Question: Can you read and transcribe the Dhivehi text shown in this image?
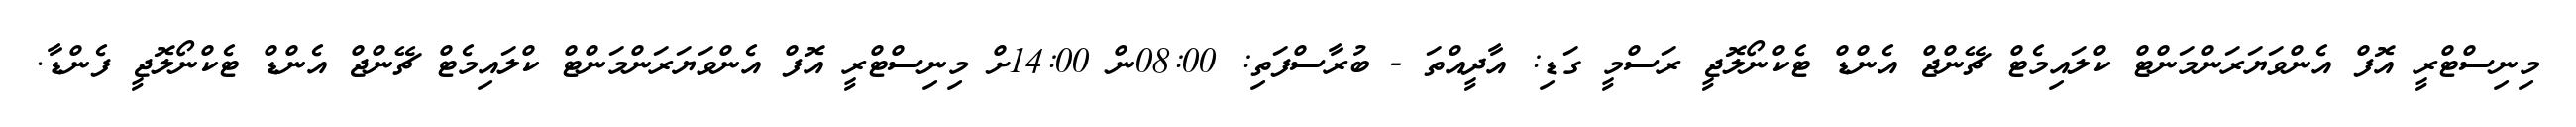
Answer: މިނިސްޓްރީ އޮފް އެންވަޔަރަންމަންޓް ކްލައިމެޓް ޗޭންޖް އެންޑް ޓެކްނޯލޮޖީ ރަސްމީ ގަޑި: އާދީއްތަ - ބުރާސްފަތި: 08:00ން 14:00ށް މިނިސްޓްރީ އޮފް އެންވަޔަރަންމަންޓް ކްލައިމެޓް ޗޭންޖް އެންޑް ޓެކްނޯލޮޖީ ފެންޑާ.